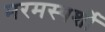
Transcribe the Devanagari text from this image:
मरमस्पर्शी